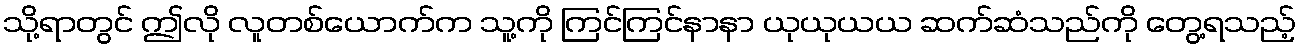
သို့ရာတွင် ဤလို လူတစ်ယောက်က သူ့ကို ကြင်ကြင်နာနာ ယုယုယယ ဆက်ဆံသည်ကို တွေ့ရသည့်